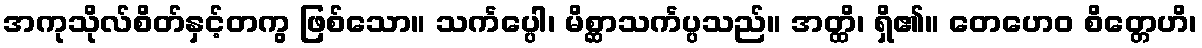
အကုသိုလ်စိတ်နှင့်တကွ ဖြစ်သော။ သင်္ကပ္ပေါ၊ မိစ္ဆာသင်္ကပ္ပသည်။ အတ္ထိ၊ ရှိ၏။ တေဟေဝ စိတ္တေဟိ၊